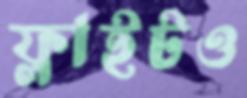
ফ্লাইটও